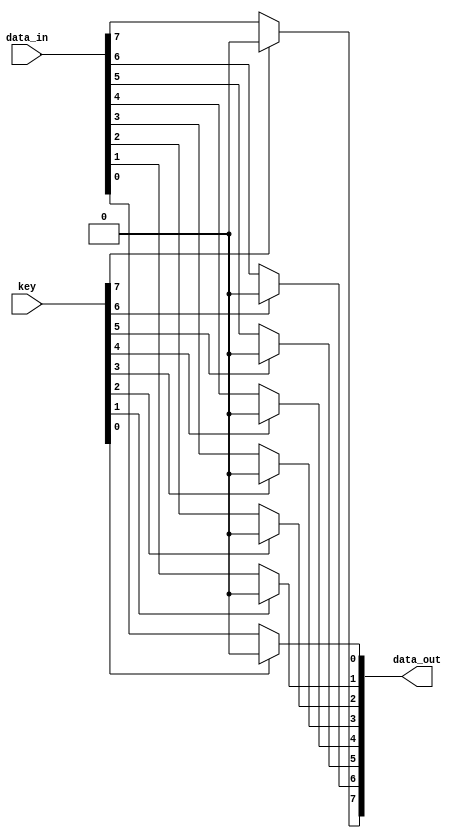
// encryption_module.v
module encryption_module #(parameter N = 8) (
    input wire [N-1:0] data_in,
    input wire [N-1:0] key,
    output reg [N-1:0] data_out
);
    integer i;
    
    // Perform encryption operation
    always @(*) begin
        for (i = 0; i < N; i = i + 1) begin
            if (key[i] == 1'b1)
                data_out[i] = data_in[i] << 1;  // Double if key bit is 1
            else
                data_out[i] = data_in[i];       // No change if key bit is 0 (Information leakage here)
        end
    end
endmodule